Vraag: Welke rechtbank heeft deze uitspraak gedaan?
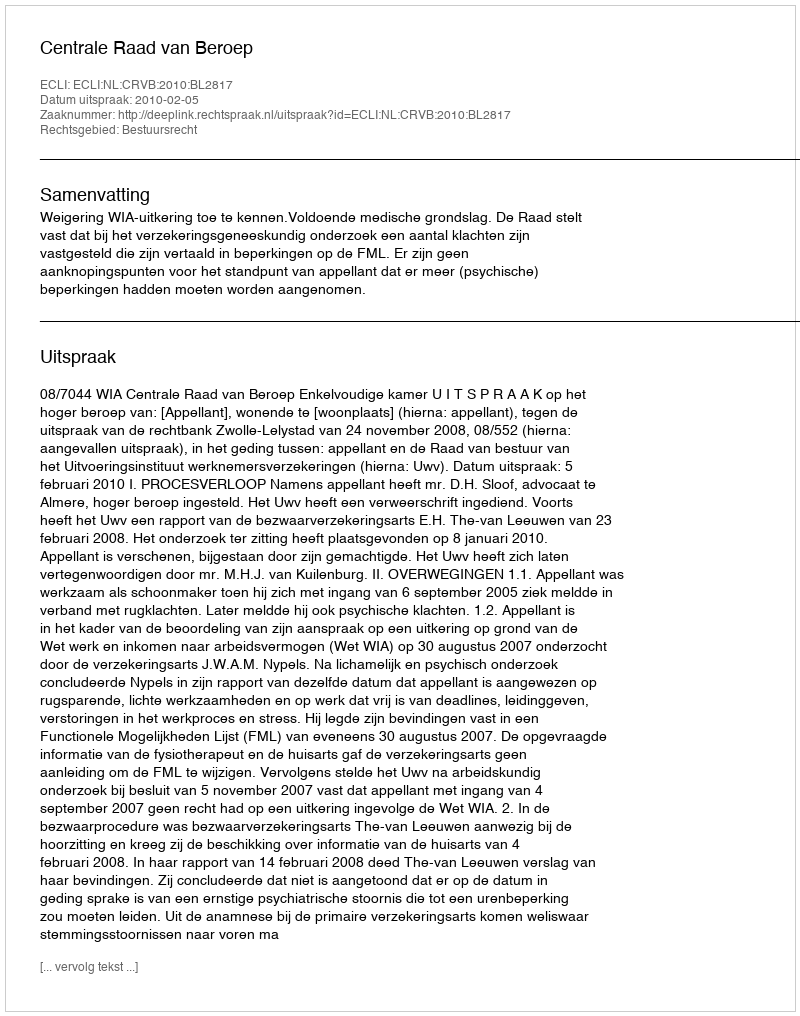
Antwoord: Centrale Raad van Beroep